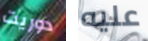
دوريت عليه